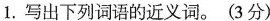
1.写出下列词语的近义词。(3分)